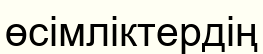
өсімліктердің